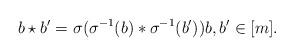
LaTeX: \begin{align*}b\star b' = \sigma(\sigma^{-1}(b)\ast\sigma^{-1}(b')) b,b' \in [m].\end{align*}